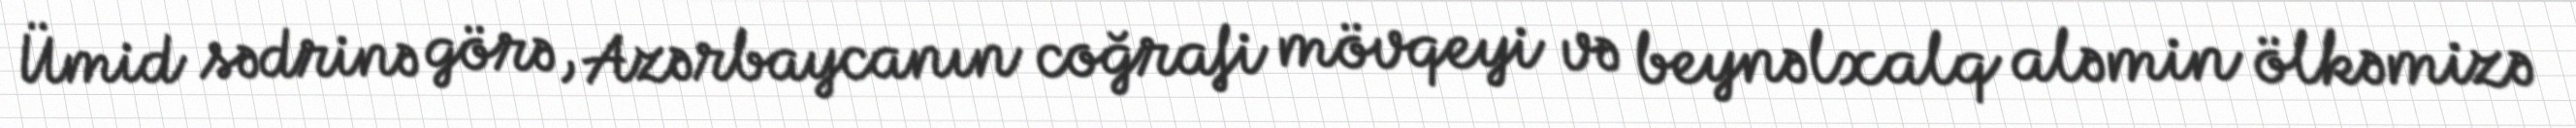
Ümid sədrinə görə, Azərbaycanın coğrafi mövqeyi və beynəlxalq aləmin ölkəmizə